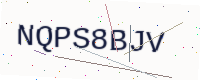
Text: NQPS8BJV